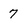
Character: 7